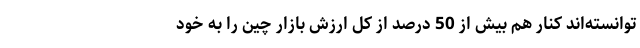
توانسته‌اند کنار هم بیش از 50 درصد از کل ارزش بازار چین را به خود